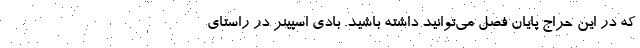
که در این حراج پایان فصل می‌توانید داشته باشید. بادی اسپینر در راستای